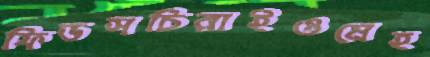
ফিডসচিরাইওমেহ